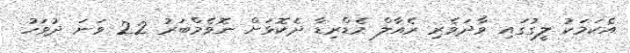
އެކަމަކު ލީގުގައި ވާދަވެރި ރެއާލް މެޑްރިޑާ ދެކޮޅަށް ނޮވެމްބަރު 22 ވަނަ ދުވަހު